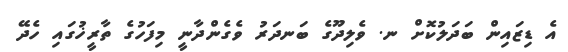
އެ ޑިޒައިން ބަދަލުކޮށް ނ. ވެލިދޫގެ ބަނދަރު ވެގެންދާނީ މިފަހުގެ ތާރީޚުގައި ހެދޭ